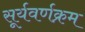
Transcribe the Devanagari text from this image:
सूर्यवर्णक्रम